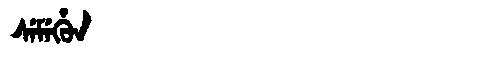
Manchu: ᠰᡝᠮᡝᡥᡠᠨ
Romanization: SEMEHUN